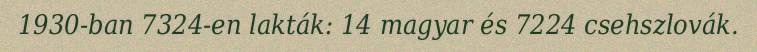
1930-ban 7324-en lakták: 14 magyar és 7224 csehszlovák.